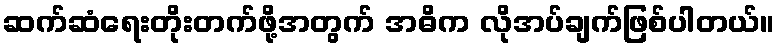
ဆက်ဆံရေးတိုးတက်ဖို့အတွက် အဓိက လိုအပ်ချက်ဖြစ်ပါတယ်။